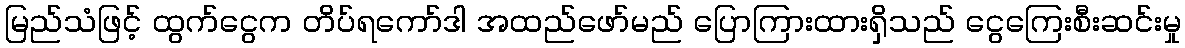
မြည်သံဖြင့် ထွက်ငွေက တိပ်ရကော်ဒါ အထည်ဖော်မည် ပြောကြားထားရှိသည် ငွေကြေးစီးဆင်းမှု